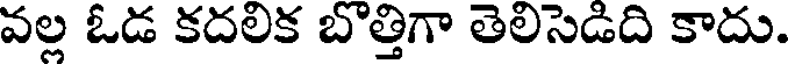
వల్ల ఓడ కదలిక బొత్తిగా తెలిసెడిది కాదు.